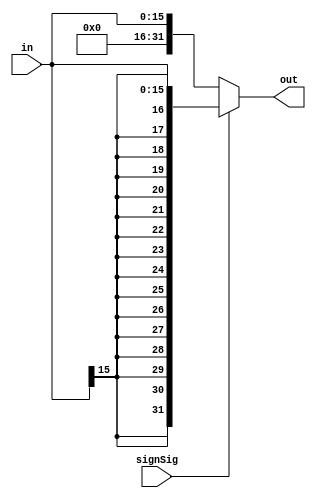
// Module Description
// Extends the 16-bit input to 32-bit according to it's sign
// 
// Input(s)
//	in: 16-bit binary number
//	
// Output(s)
//	out: 32-bit sign extended version of input
module SignExtender(out, in, signSig);
	// Input declaration(s)
	input [15:0]in;
	input signSig;
	// Output declaration(s)
	output reg [31:0]out;
	
	
	
	//	Whenever input in changes, extend it to out
	always@(in) begin
		// If sign extend signal is 1, extend with sign
		if (signSig) begin
			out = {{16{in[15]}}, in[15:0]};
		end
		
		// Else zero extend
		else begin
			out = {16'b0, in[15:0]};
		end
	end
endmodule